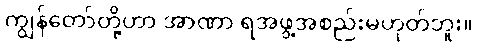
ကျွန်တော်တို့ဟာ အာဏာ ရအဖွဲ့အစည်းမဟုတ်ဘူး။